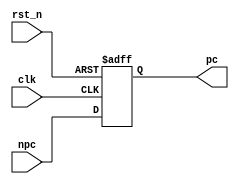
module PC(
           input    wire        clk,
           input    wire        rst_n,
           input    wire[31: 0] npc,
           output   reg [31: 0] pc
       );

/***************************************************************
                        
****************************************************************/

always @ (posedge clk or negedge rst_n) begin
    if (~rst_n) begin
        pc <= -4;
    end
    else begin
        pc <= npc;
    end
end

endmodule